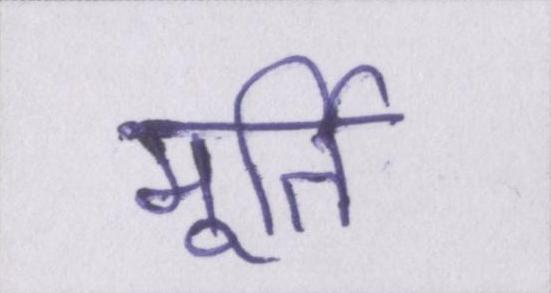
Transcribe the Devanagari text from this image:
मूर्ति